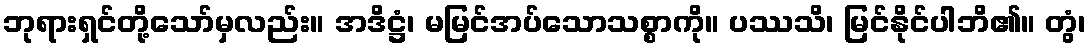
ဘုရားရှင်တို့သော်မှလည်း။ အဒိဋ္ဌံ၊ မမြင်အပ်သောသစ္စာကို။ ပဿသိ၊ မြင်နိုင်ပါဘိ၏။ တွံ၊